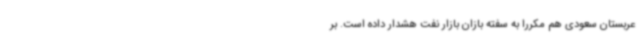
عربستان سعودی هم مکررا به سفته بازان بازار نفت هشدار داده است. بر